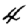
Digit: 4